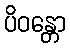
ပိဝန္တော